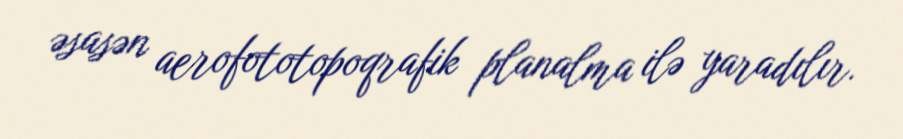
əsasən aerofototopoqrafik planalma ilə yaradılır.